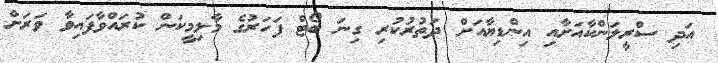
އަދި ސްރީލަންކާއަށާއި އިންޑިޔާއަށް ދަތުރުކުރި ގިނަ ބޯޓް ފަހަރުގެ މާލިމީކަން ކުރައްވާފައިވާ ވަރަށް